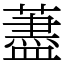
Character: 藎